Problem: 46 + 99 = ?
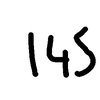
Handwritten answer: 145